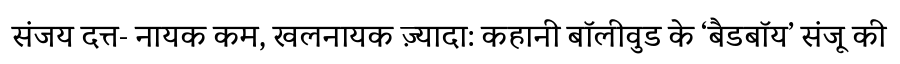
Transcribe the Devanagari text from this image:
संजय दत्त- नायक कम, खलनायक ज़्यादा: कहानी बॉलीवुड के ‘बैडबॉय’ संजू की